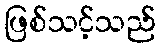
ဖြစ်သင့်သည်